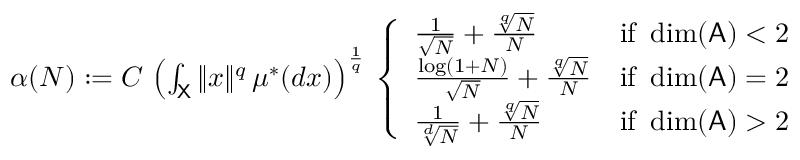
\begin{array} { r } { \alpha ( N ) : = C \, \left( \int _ { { \mathsf X } } \| x \| ^ { q } \, \mu ^ { * } ( d x ) \right) ^ { \frac { 1 } { q } } \, \left\{ \begin{array} { l l } { \frac { 1 } { \sqrt { N } } + \frac { \sqrt [ q ] { N } } { N } } & { \mathrm { i f } \, \, \dim ( { \mathsf A } ) < 2 } \\ { \frac { \log ( 1 + N ) } { \sqrt { N } } + \frac { \sqrt [ q ] { N } } { N } } & { \mathrm { i f } \, \, \dim ( { \mathsf A } ) = 2 } \\ { \frac { 1 } { \sqrt [ d ] { N } } + \frac { \sqrt [ q ] { N } } { N } } & { \mathrm { i f } \, \, \dim ( { \mathsf A } ) > 2 } \end{array} \right. } \end{array}